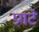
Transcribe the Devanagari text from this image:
प्रगटे